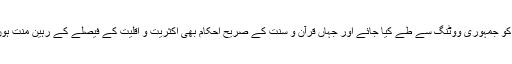
جہاں خدا اور رسول صلی اللہ علیہ وسلم کی تعلیمات کو جمہوری ووٹنگ سے طے کیا جائے اور جہاں قرآن و سنت کے صریح احکام بھی اکثریت و اقلیت کے فیصلے کے رہینِ منت ہوں، اس نقارخانے میں طوطی کی آواز کو ن سنتا ہے؟